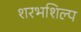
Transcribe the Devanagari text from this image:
शरभशिल्प